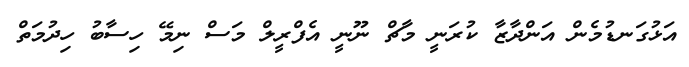
އަޅުގަނޑުމެން އަންދާޒާ ކުރަނީ މާޗް ނޫނީ އެފްރީލް މަސް ނިމޭ ހިސާބު ހިދުމަތް